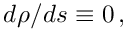
d \rho / d s \equiv 0 \, ,